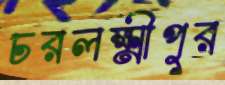
চরলক্ষ্মীপুর